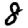
Digit: 8